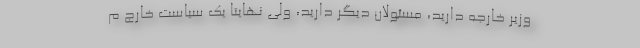
وزیر خارجه دارید، مسئولان دیگر دارید، ولی نهایتاً یک سیاست خارج م